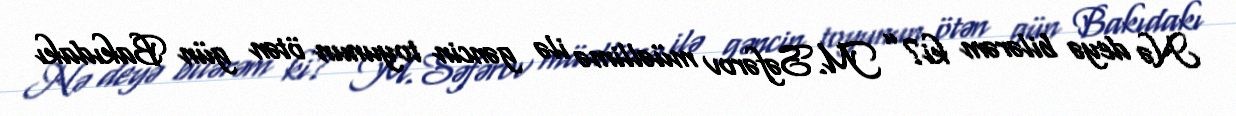
Nə deyə bilərəm ki?” M.Səfərov müəllimə ilə gəncin toyunun ötən gün Bakıdakı